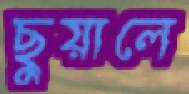
ছুয়ালে